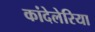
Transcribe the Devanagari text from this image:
कांदेलेरिया